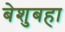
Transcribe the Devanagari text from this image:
बेशुबहा